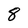
Character: 8